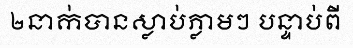
២នាក់បានស្លាប់ភ្លាមៗ បន្ទាប់ពី